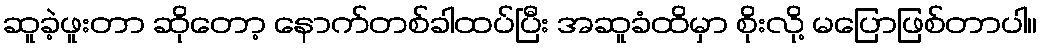
ဆူခဲ့ဖူးတာ ဆိုတော့ နောက်တစ်ခါထပ်ပြီး အဆူခံထိမှာ စိုးလို့ မပြောဖြစ်တာပါ။